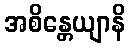
အစိန္တေယျာနိ